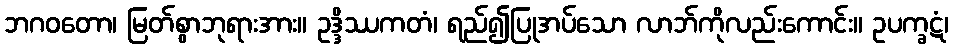
ဘဂဝတော၊ မြတ်စွာဘုရားအား။ ဥဒ္ဒိဿကတံ၊ ရည်၍ပြုအပ်သော လာဘ်ကိုလည်းကောင်း။ ဥပက္ခဋံ၊